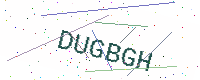
Text: DUGBGH